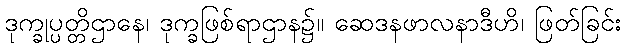
ဒုက္ခုပ္ပတ္တိဌာနေ၊ ဒုက္ခဖြစ်ရာဌာန၌။ ဆေဒနဖာလနာဒီဟိ၊ ဖြတ်ခြင်း